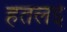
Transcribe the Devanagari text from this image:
हतलई